Scottish Leaving Certificate Examination, 1960
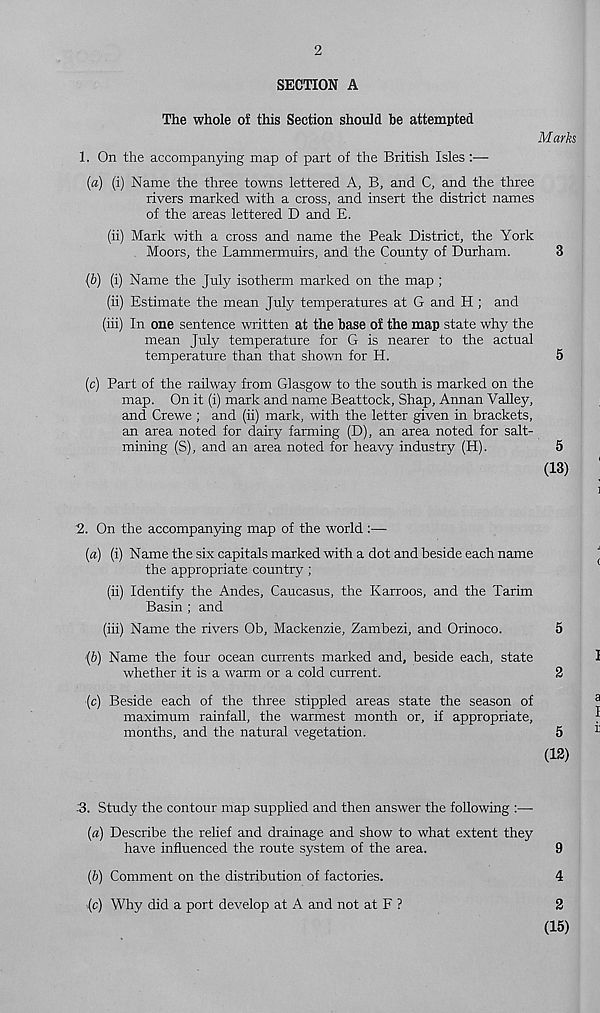
2
SECTION A
The whole of this Section should be attempted
Marks
1. On the accompanying map of part of the British Isles:—
(a) (i) Name the three towns lettered A, B, and C, and the three
rivers marked with a cross, and insert the district names
of the areas lettered D and E.
(ii) Mark with a cross and name the Peak District, the York
Moors, the Lammermuirs, and the County of Durham.
3
(b) (i) Name the July isotherm marked on the map ;
(ii) Estimate the mean July temperatures at G and H ; and
(iii) In one sentence written at the base of the map state why the
mean July temperature for G is nearer to the actual
temperature than that shown for H.
5
(c) Part of the railway from Glasgow to the south is marked on the
map. On it (i) mark and name Beattock, Shap, Annan Valley,
and Crewe ; and (ii) mark, with the letter given in brackets,
an area noted for dairy farming (D), an area noted for salt-
mining (S), and an area noted for heavy industry (H).
5
(13)
2. On the accompanying map of the world:—-
(a) (i) Name the six capitals marked with a dot and beside each name
the appropriate country;
(ii) Identify the Andes, Caucasus, the Karroos, and the Tarim
Basin ; and
(iii) Name the rivers Ob, Mackenzie, Zambezi, and Orinoco.
5
(b) Name the four ocean currents marked and, beside each, state
I
whether it is a warm or a cold current.
2
(c) Beside each of the three stippled areas state the season of
a
maximum rainfall, the warmest month or, if appropriate,
J
months, and the natural vegetation.
5
^
(12)
.3. Study the contour map supplied and then answer the following :—
(a) Describe the relief and drainage and show to what extent they
have influenced the route system of the area.
9
(b) Comment on the distribution of factories.
4
(c) Why did a port develop at A and not at F ?
2
(15)